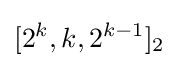
[2^{k},k,2^{k-1}]_{2}